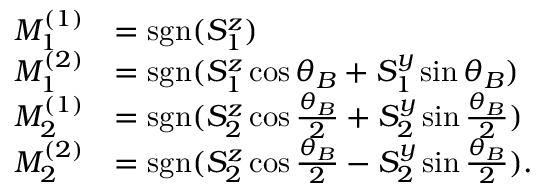
\begin{array} { r l } { M _ { 1 } ^ { ( 1 ) } } & { = \mathrm { s g n } ( S _ { 1 } ^ { z } ) } \\ { M _ { 1 } ^ { ( 2 ) } } & { = \mathrm { s g n } ( S _ { 1 } ^ { z } \cos \theta _ { B } + S _ { 1 } ^ { y } \sin \theta _ { B } ) } \\ { M _ { 2 } ^ { ( 1 ) } } & { = \mathrm { s g n } ( S _ { 2 } ^ { z } \cos \frac { \theta _ { B } } { 2 } + S _ { 2 } ^ { y } \sin \frac { \theta _ { B } } { 2 } ) } \\ { M _ { 2 } ^ { ( 2 ) } } & { = \mathrm { s g n } ( S _ { 2 } ^ { z } \cos \frac { \theta _ { B } } { 2 } - S _ { 2 } ^ { y } \sin \frac { \theta _ { B } } { 2 } ) . } \end{array}